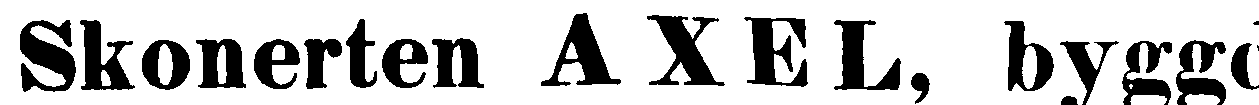
Skonerten AXEL, byggd